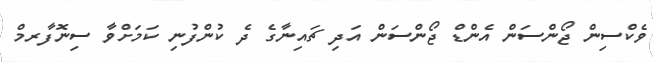
ވެކްސިން ޖޯންސަން އެންޑް ޖޯންސަން އަދި ޗައިނާގެ ދެ ކުންފުނި ކަމަށްވާ ސިނޮފާރމް